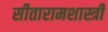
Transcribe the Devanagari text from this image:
सीतारामशास्त्रीं